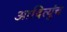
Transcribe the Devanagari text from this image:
आदित्युंच